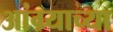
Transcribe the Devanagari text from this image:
आंग्र्याच्या